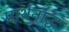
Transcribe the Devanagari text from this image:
प्रार्थनाद्ध